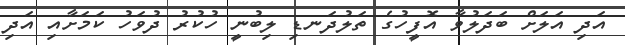
އަދި އަލަށް ބަދަލުވާ އޮފީހުގެ ތަލުދަނޑި ލިބުނީ ހުކުރު ދުވަހު ކަމަށާއި އަދި